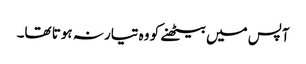
آپس میں بیٹھنے کو وہ تیار نہ ہوتا تھا۔